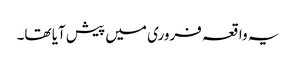
یہ واقعہ فروری میں پیش آیا تھا۔